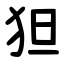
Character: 狚